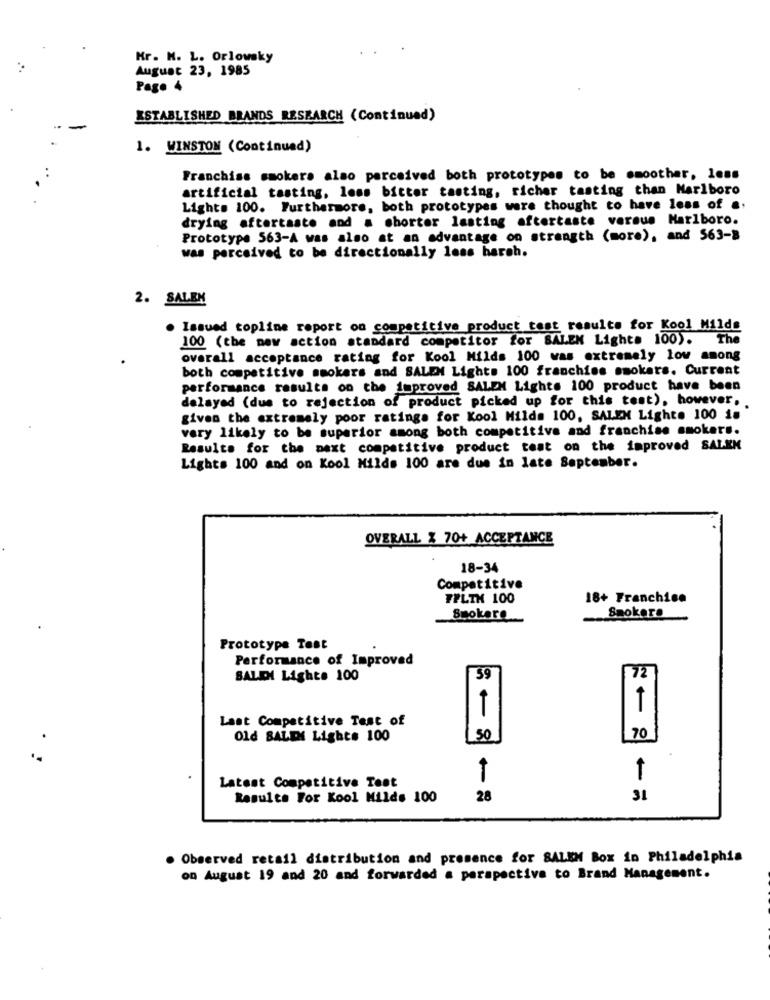
Kr. N. L. Orlowsky
August 23, 1985
Page 4
ESTABLISHED BRANDS RESEARCH (Continued)
1. WINSTON (Continued)
Franchise smokers also perceived both prototypes to be smoother, less
artificial tasting, loss bitter tasting, richer tasting than Marlboro
Lights 100. Furthermore, both prototypes were thought to have less of a
drying aftertaste and a shorter lasting aftertaste versus Marlboro.
Prototype 563-A was also at an advantage on strength (more), and 563-8
was perceived to be directionally less harch.
2. SALEM
. Issued topline report on competitive product test results for Kool Milds
100 (the new action standard competitor for BALEN Light. 100). The
overall acceptance rating for Kool Milds 100 was extremely low among
both competitive smokers and SALEM Lights 100 franchise smokers. Current
performance results on the improved SALEM Lights 100 product have been
delayed (due to rejection of product picked up for this test), however,
given the extremely poor ratings for Kool Milds 100, SALEN Lighte 100 18
very likely to be superior among both competitive and franchise smokers.
Results for the next competitive product test on the improved SAIKK
Lights 100 and on Kool Milds 100 are due in late September.
OVERALL X 70+ ACCEPTANCE
18-34
Competitive
FPLIN 100
18+ Franchise
Smokare
Smokers
Prototype Test
Performance of Improved
SALIDI Lights 100
39
72
Last Competitive Test of
70
Old BALEN Lights 100
50
Latest Competitive Test
Results For Kool Milds 100
28
31
. Observed retail distribution and presence for SALEN Box in Philadelphia
on August 19 and 20 and forwarded a perspective to Brand Management.